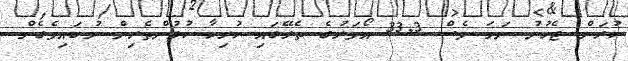
ކުރަން ޖެހުނު ނަމަ ވެސް 33.3 އޯވަރުގެ ތެރޭގައި ހުރިހާ ކުޅުންތެރިން ނުބައިވެގެން